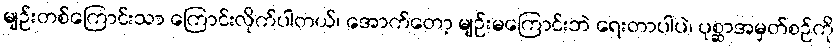
မျဉ်းတစ်ကြောင်းသာ ကြောင်းလိုက်ပါတယ်၊ အောက်တော့ မျဉ်းမကြောင်းဘဲ ရေးတာပါပဲ၊ ပုစ္ဆာအမှတ်စဉ်ကို